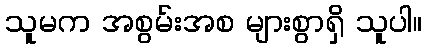
သူမက အစွမ်းအစ များစွာရှိ သူပါ။